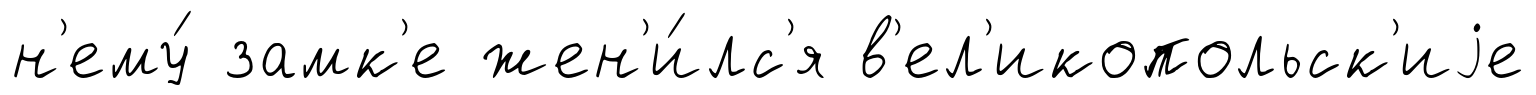
н'ему́ замк'е жен'и́лс'я в'ел'икопольск'иjе